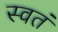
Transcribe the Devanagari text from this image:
स्वतं